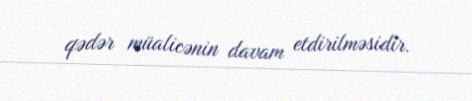
qədər müalicənin davam etdirilməsidir.